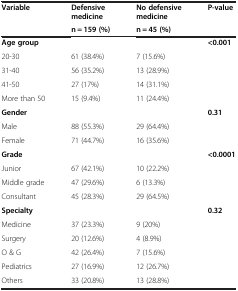
<table><thead><tr><td rowspan="2"><b>Variable</b></td><td><b>Defensive medicine</b></td><td><b>No defensive medicine</b></td><td rowspan="2"><b>P-value</b></td></tr><tr><td><b>n = 159 (%)</b></td><td><b>n = 45 (%)</b></td></tr></thead><tbody><tr><td><b>Age group</b></td><td> </td><td> </td><td><b>&lt;0.001</b></td></tr><tr><td>20-30</td><td>61 (38.4%)</td><td>7 (15.6%)</td><td> </td></tr><tr><td>31-40</td><td>56 (35.2%)</td><td>13 (28.9%)</td><td> </td></tr><tr><td>41-50</td><td>27 (17%)</td><td>14 (31.1%)</td><td> </td></tr><tr><td>More than 50</td><td>15 (9.4%)</td><td>11 (24.4%)</td><td> </td></tr><tr><td><b>Gender</b></td><td> </td><td> </td><td><b>0.31</b></td></tr><tr><td>Male</td><td>88 (55.3%)</td><td>29 (64.4%)</td><td> </td></tr><tr><td>Female</td><td>71 (44.7%)</td><td>16 (35.6%)</td><td> </td></tr><tr><td><b>Grade</b></td><td> </td><td> </td><td><b>&lt;0.0001</b></td></tr><tr><td>Junior</td><td>67 (42.1%)</td><td>10 (22.2%)</td><td> </td></tr><tr><td>Middle grade</td><td>47 (29.6%)</td><td>6 (13.3%)</td><td> </td></tr><tr><td>Consultant</td><td>45 (28.3%)</td><td>29 (64.5%)</td><td> </td></tr><tr><td><b>Specialty</b></td><td> </td><td> </td><td><b>0.32</b></td></tr><tr><td>Medicine</td><td>37 (23.3%)</td><td>9 (20%)</td><td> </td></tr><tr><td>Surgery</td><td>20 (12.6%)</td><td>4 (8.9%)</td><td> </td></tr><tr><td>O &amp; G</td><td>42 (26.4%)</td><td>7 (15.6%)</td><td> </td></tr><tr><td>Pediatrics</td><td>27 (16.9%)</td><td>12 (26.7%)</td><td> </td></tr><tr><td>Others</td><td>33 (20.8%)</td><td>13 (28.8%)</td><td> </td></tr></tbody></table>